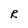
Character: R